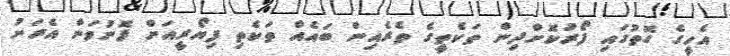
އެހީގެ ގޮތުގައި ފޯރުކޮށްދިން ތަކެތީގެ ތެރެއިން ބައެއް ތަކެތި ފިޔޯރީއަށް ފޮނުވަން އެރަށު